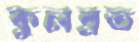
কুলব্রত